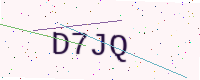
Text: D7JQ